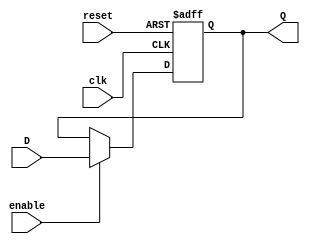
module FFD(input enable, reset, clk, D, output  reg Q);

always @ (posedge clk, posedge reset)
begin
  begin
  if (reset)
    Q <= 0;
  else if (~enable)
    Q <=Q;
  else
  Q <= D;
  end
end
  endmodule


module FFD2 (input enable, reset, clk, input [1:0] D2, output wire [1:0] Q2 );

  FFD FFDA(enable, reset, clk, D2[0], Q2[0]);
  FFD FFDB(enable, reset, clk, D2[1], Q2[1]);

    endmodule

module FFD4 (input enable, reset, clk, input [3:0] D3, output wire [3:0] Q3);
  FFD2 FFD2A(enable, reset, clk, D3[1:0], Q3[1:0]);
  FFD2 FFD2B(enable, reset, clk, D3[3:2], Q3[3:2]);

  endmodule